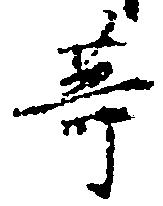
等